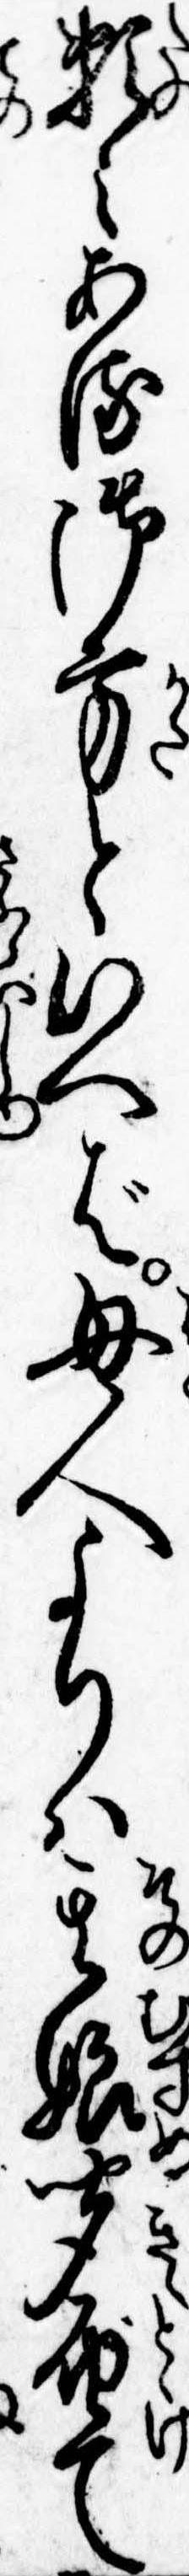
頼みある御方といへば母人よりは其娘聞届て